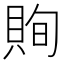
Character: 𧵣